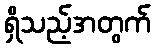
ရှိသည့်အတွက်